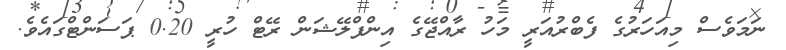
ނަމަވެސް މިއަހަރުގެ ފެބްރުއަރީ މަހު ރާއްޖޭގެ އިންފްލޭޝަން ރޭޓް ހުރީ 0.20 ޕަސަންޓްގައެވެ.